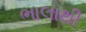
ભાલાથી